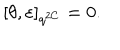
[ \theta , \varepsilon ] _ { q ^ { 2 C } } = 0 .